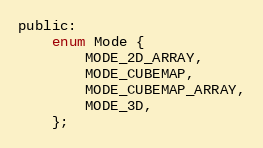
Language: C
public:
	enum Mode {
		MODE_2D_ARRAY,
		MODE_CUBEMAP,
		MODE_CUBEMAP_ARRAY,
		MODE_3D,
	};